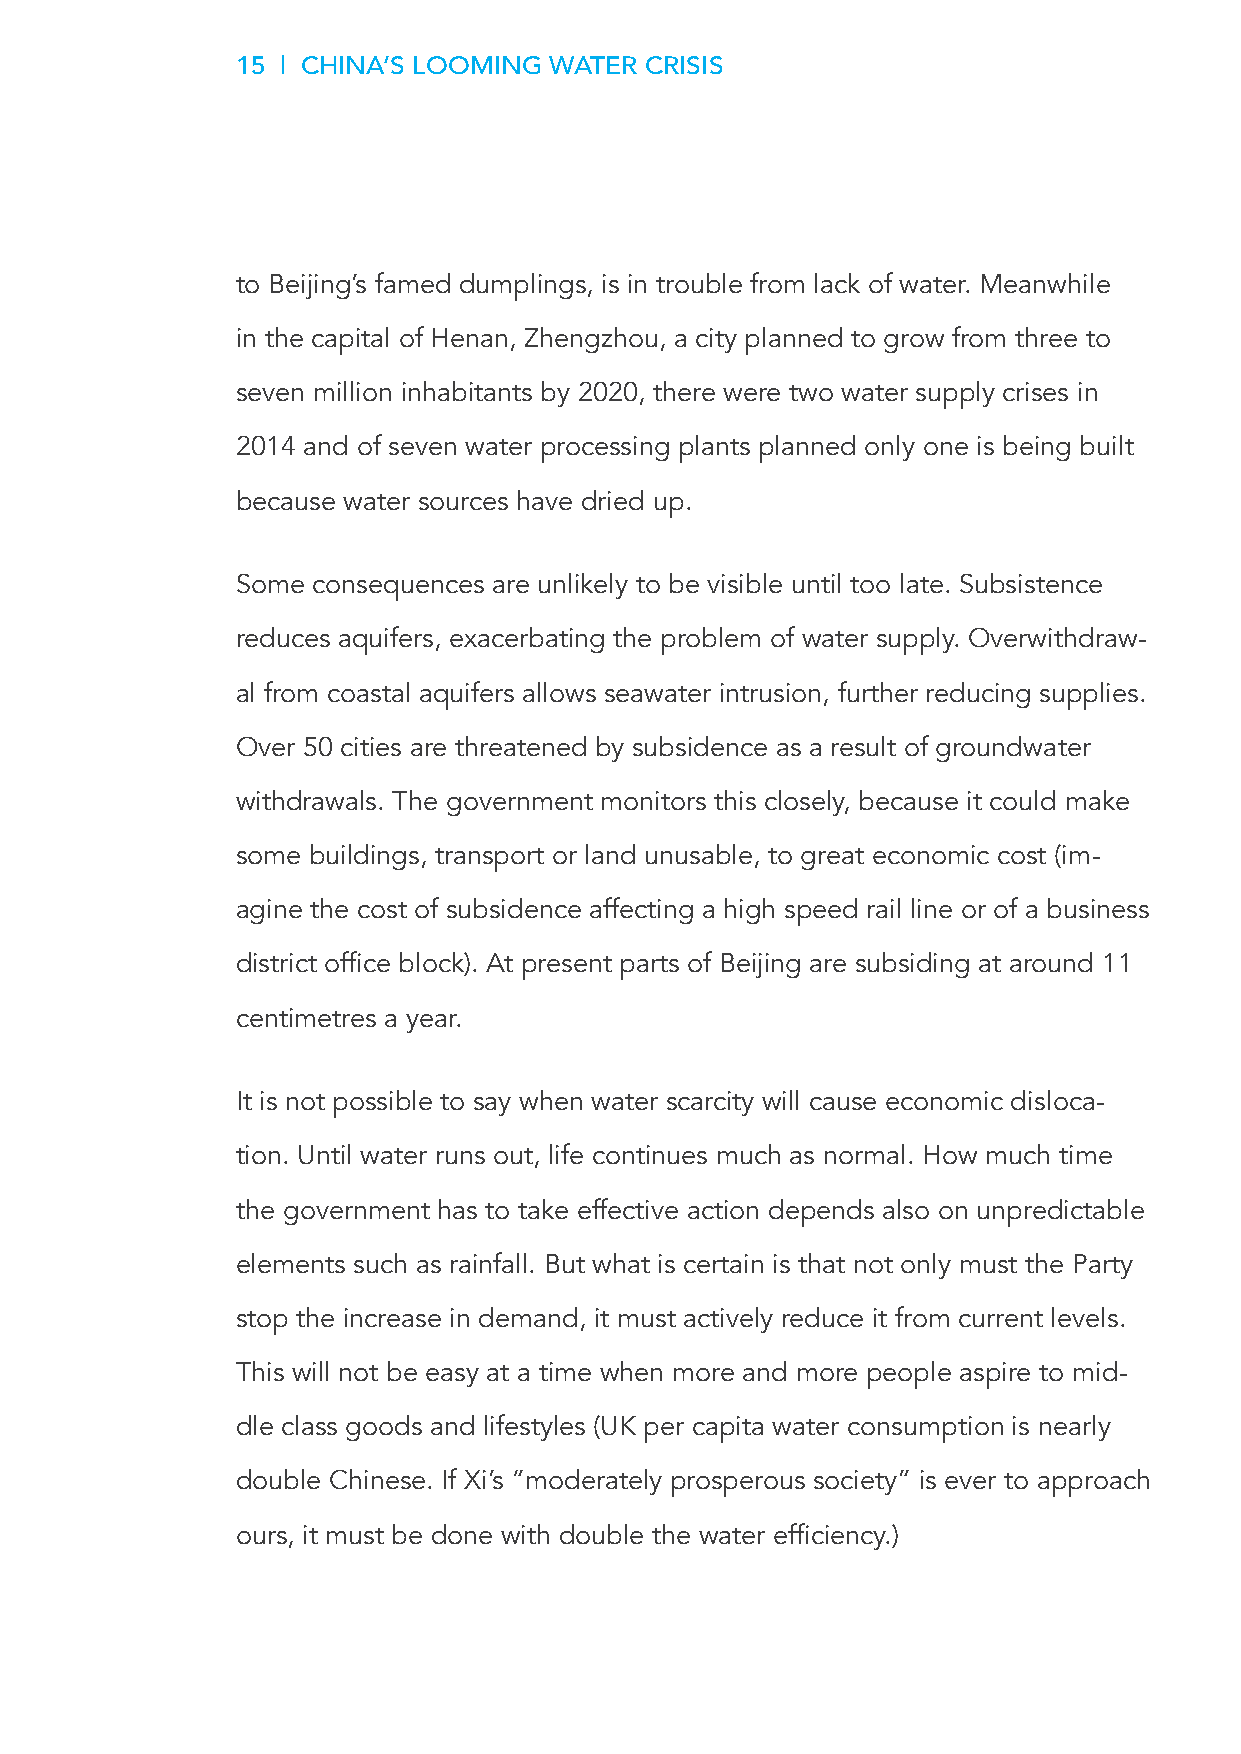
15 | CHINA’S LOOMING WATER CRISIS
 to Beijing’s famed dumplings, is in trouble from lack of water. Meanwhile
 in the capital of Henan, Zhengzhou, a city planned to grow from three to
 seven million inhabitants by 2020, there were two water supply crises in
 2014 and of seven water processing plants planned only one is being built
 because water sources have dried up.
 Some consequences are unlikely to be visible until too late. Subsistence
 reduces aquifers, exacerbating the problem of water supply. Overwithdraw-
 al from coastal aquifers allows seawater intrusion, further reducing supplies.
 Over 50 cities are threatened by subsidence as a result of groundwater
 withdrawals. The government monitors this closely, because it could make
 some buildings, transport or land unusable, to great economic cost (im-
 agine the cost of subsidence affecting a high speed rail line or of a business
 district office block). At present parts of Beijing are subsiding at around 11
 centimetres a year.
 It is not possible to say when water scarcity will cause economic disloca-
 tion. Until water runs out, life continues much as normal. How much time
 the government has to take effective action depends also on unpredictable
 elements such as rainfall. But what is certain is that not only must the Party
 stop the increase in demand, it must actively reduce it from current levels.
 This will not be easy at a time when more and more people aspire to mid-
 dle class goods and lifestyles (UK per capita water consumption is nearly
 double Chinese. If Xi’s “moderately prosperous society” is ever to approach
 ours, it must be done with double the water efficiency.)